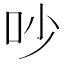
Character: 吵